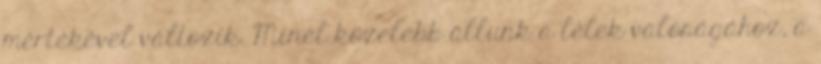
mértékével változik. Minél közelebb állunk a lélek valóságához, a